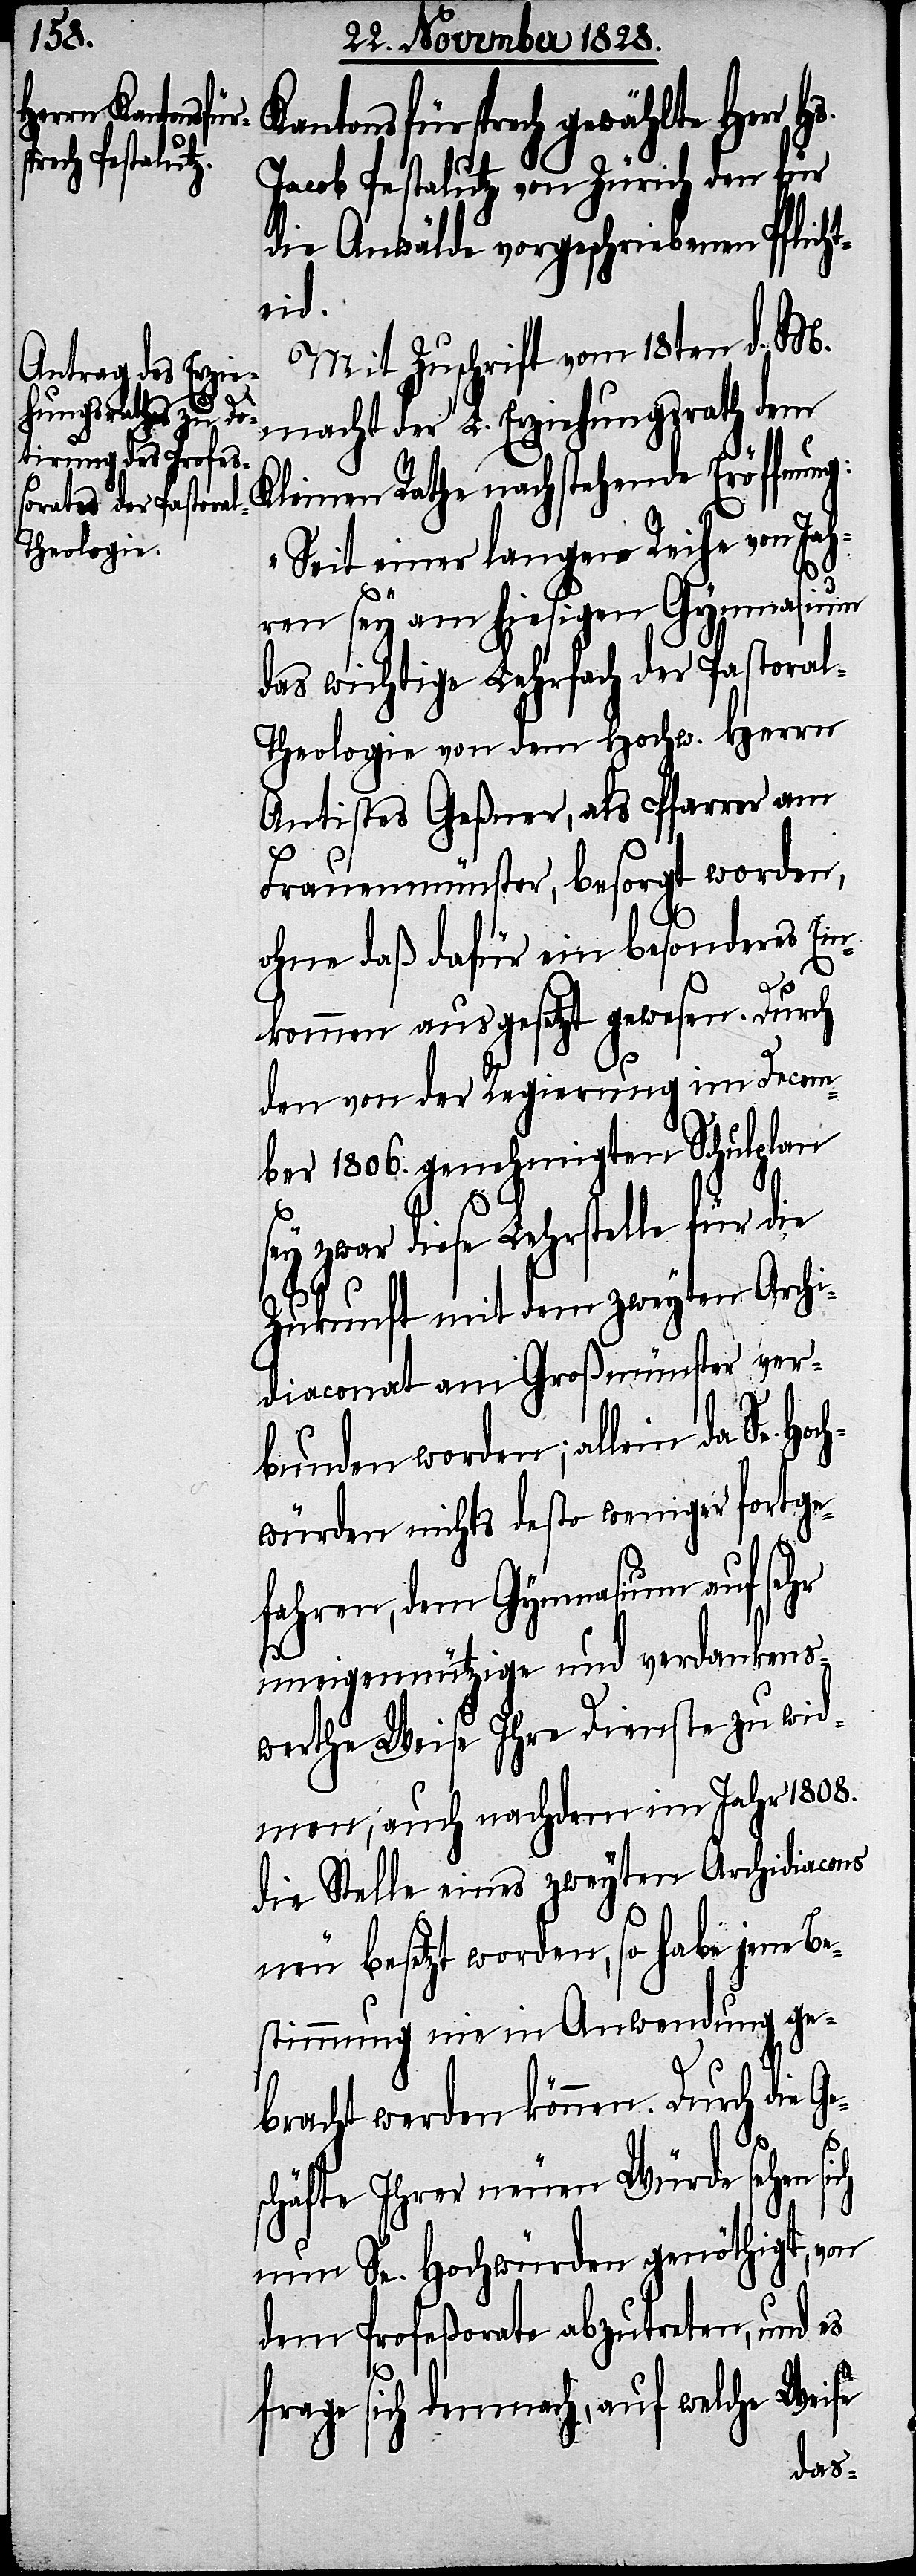
Kantonsfürsprech gewählte Herr
Hs.
Jacob Pestalutz von Zürich den für
die Anwälde vorgeschriebenen Pflich¬
teid.
Mit Zuschrift vom 18ten d. M.
macht der L. Erziehungsrath dem
Kleinen Rathe nachstehende Eröffnung:
„Seit einer langen Reihe von Jah¬
ren sey am hiesigen Gymnasium
das wichtige Lehrfach der Pastora¬
l-Theologie von dem Hochw. Herrn
Antistes Geßner, als Pfarrer am
Frauenmünster, besorgt worden,
ohne daß dafür ein besonderes Ein¬
kommen ausgesetzt gewesen. Durch
den von der Regierung im Decem¬
ber 1806. genehmigten Schulplan
sey zwar diese Lehrstelle für die
Zukunft mit dem zweyten Archi¬
diaconat am Großmünster ver¬
bunden worden; allein da Se. Hoc¬
hwürden nichts desto weniger fortge¬
ch
fahren, dem Gymnasium auf
uneigennützige und verdankens¬
werthe Weise Ihre Dienste zu wid¬
men, auch nachdem im Jahr 1808.
die Stelle eines zweyten Archidiacons
neu besetzt worden, so habe jene Be¬
stimmung nie in Anwendung ge¬
bracht werden können. Durch die
schäfte Ihrer neuen Würde sehen si¬
nun Se. Hochwürden genöthigt, von
dem Profeßorate abzutreten, und es
frage sich demnach, auf welche Weise